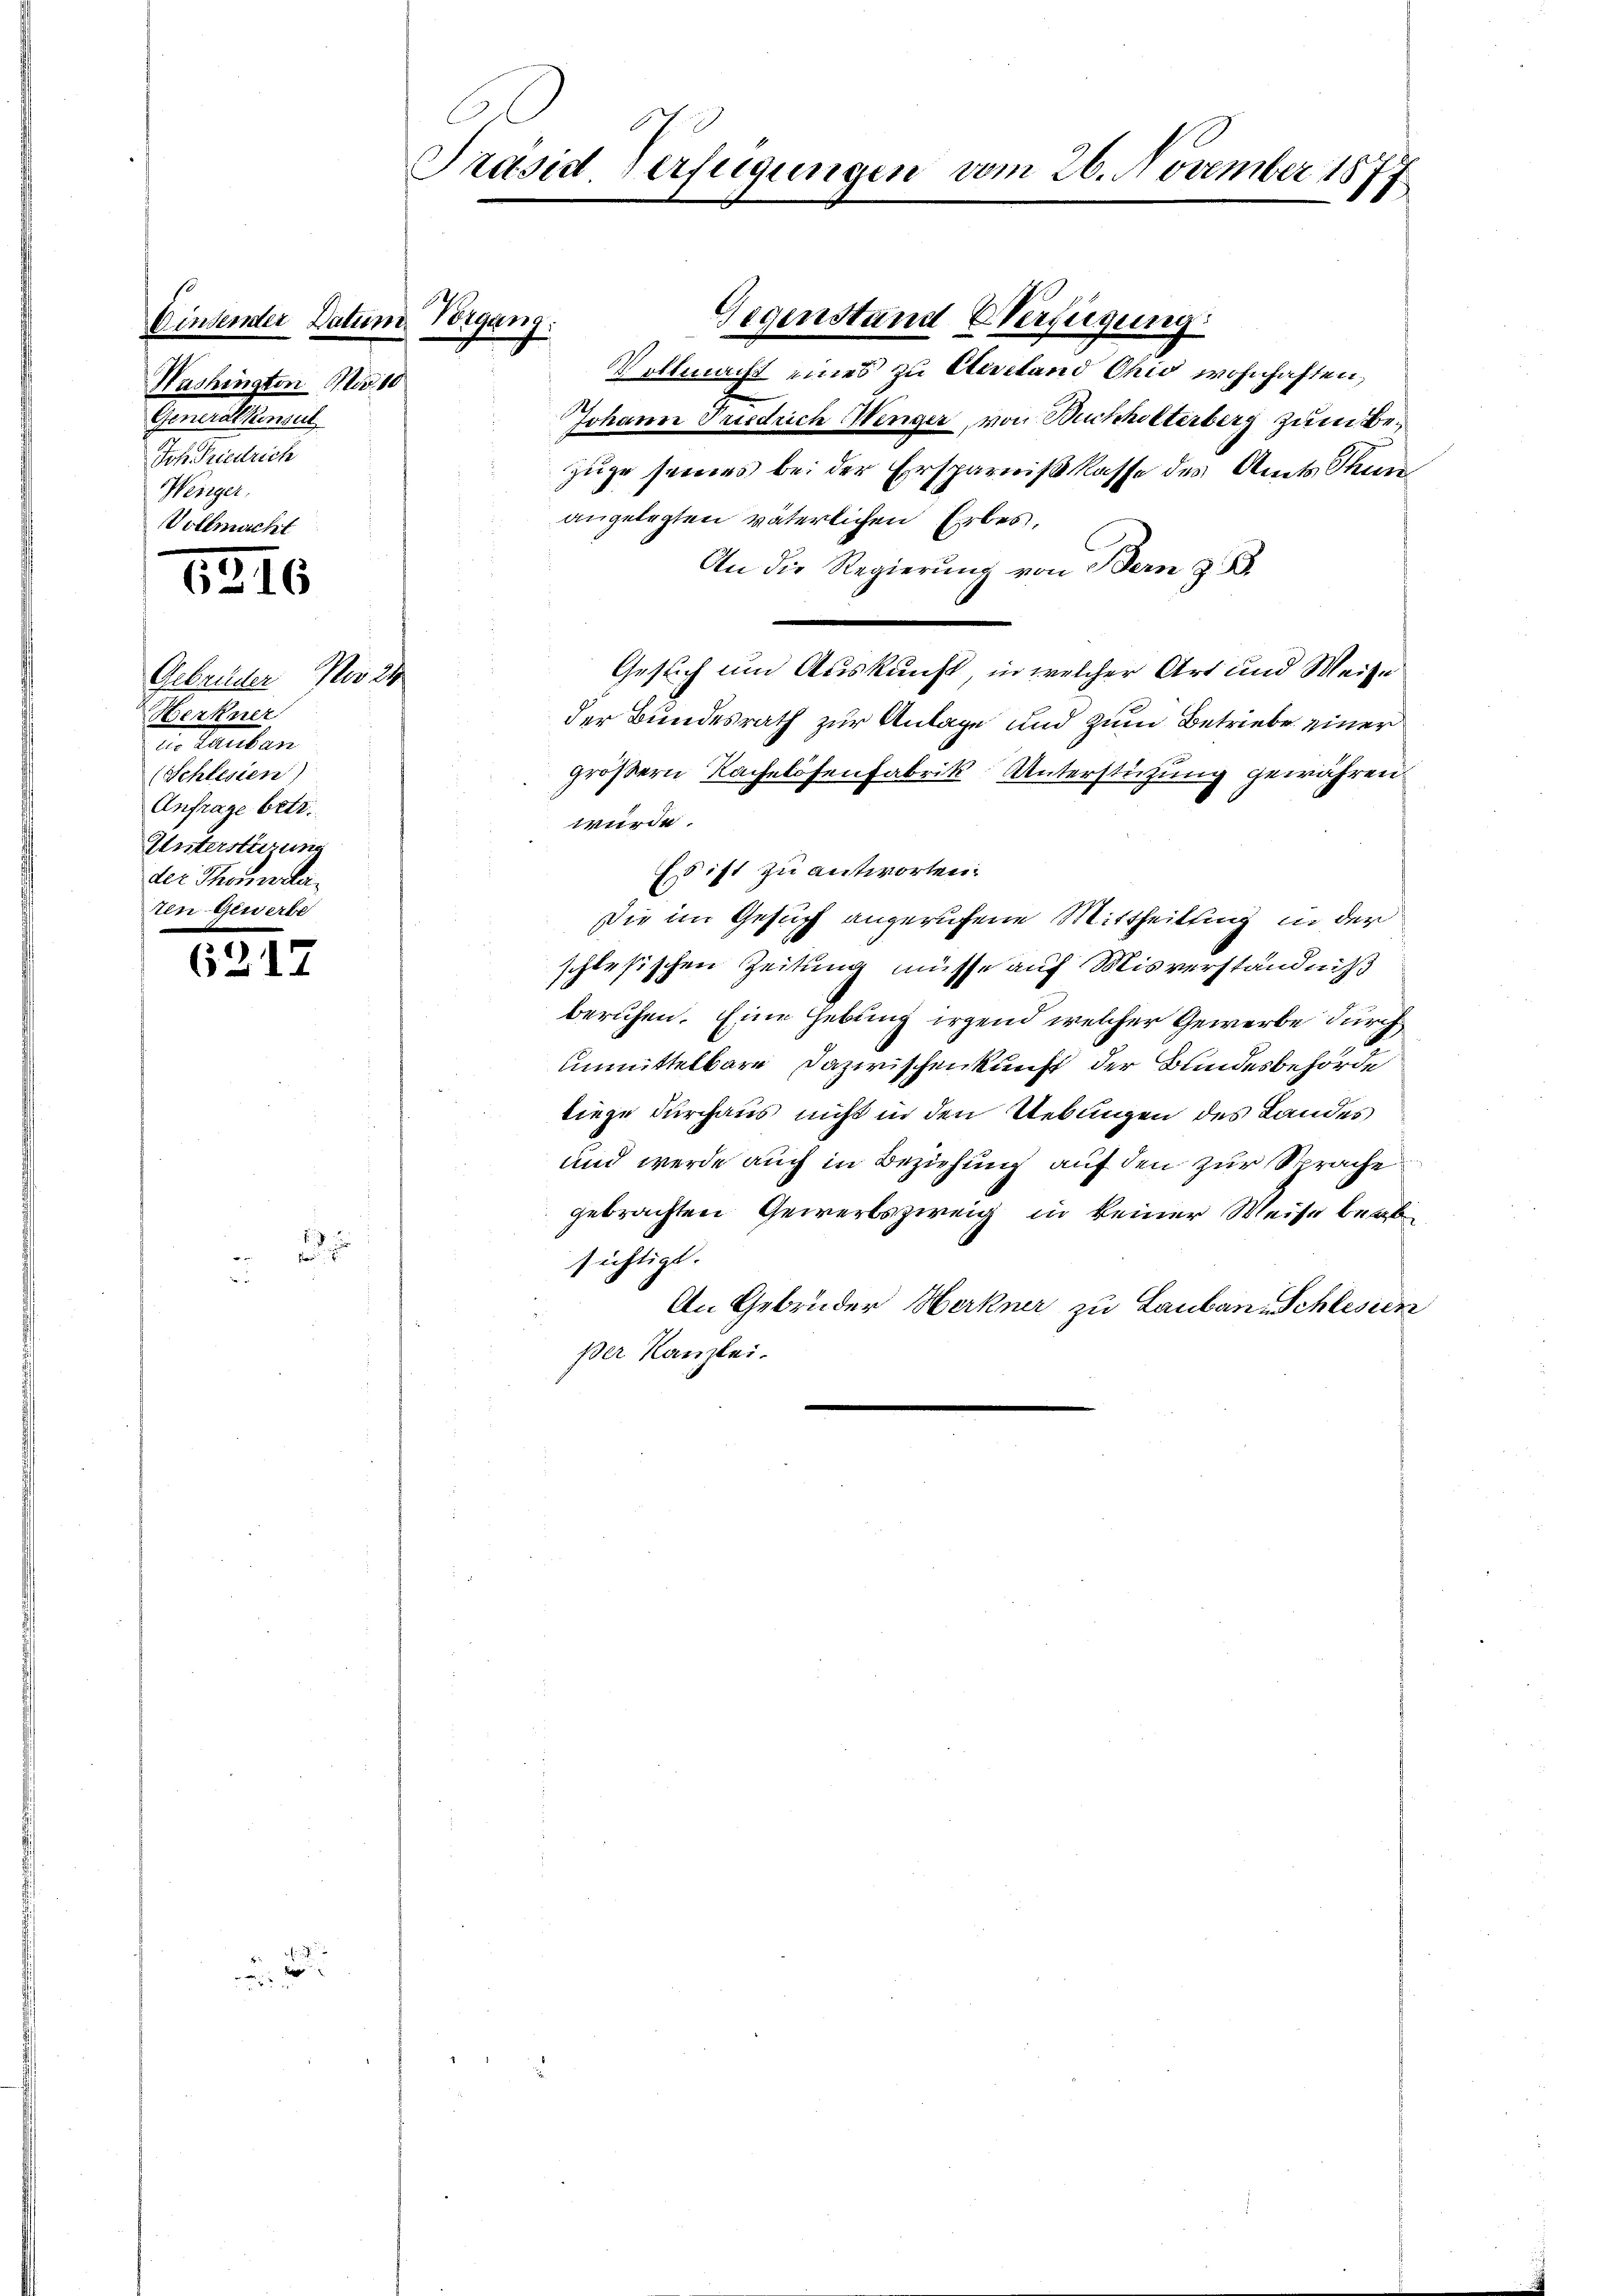
Einsender Datum Vorgang:
Washingten Nr. 10
Generalkonsul
Joh. Friedrich
Weniger,
Vollmacht

6216

Gebrüder No 24
Herkner
i. Lausan
(Schlesien)
Anfrage betr.
Unterstirung
der Thormaler
ten Gewerbe

6217

5

Präsid. Verfügungen

vom 26. November 1877

Vollmacht eines zu Alesstand Ohio wohnhaften,
Johann Friedrich Wenger, von Buchholterberg zum Be¬
Zuge seines bei der Ersparnißkasse des Amts Thun
angelegten väterlichen Erbes,
An die Regierung von Bern z. B.
Gesuch um Auskunft, in welcher Art und Weise
der Bundesrath zur Anlage und zum Betriebe einer
größern Kachelösenfabrik, Unterstühung gewähren.
würde.
Es ist zu antworten:
Die im Gesuch angerufene Mittheilung in der
schlesischen Zeitung müsse auf Misverständniß
beruhen. Eine Hebung irgend welcher Gewerbe durch
unmittelbare Dazwischenkunft der Bundesbehörde
liege durchaus nicht in den Uebungen des Landes
und werde auch in Beziehung auf den zur Sprache
gebrachten Gewerbszweig in keiner Weise berisichtigt.
An Gebrüder Herkner zu Lauban. Schlesien
per Kanzlei.

Gegenstand Verfügung.